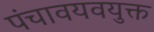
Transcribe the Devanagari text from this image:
पंचावयवयुक्त